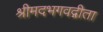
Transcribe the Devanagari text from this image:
श्रीमदभगवद्गीता